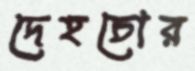
দেহচোর